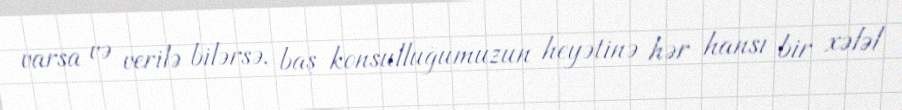
varsa və verilə bilərsə, baş konsulluğumuzun heyətinə hər hansı bir xələl